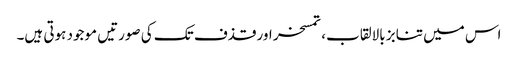
اس میں تنابز بالالقاب، تمسخر اور قذف تک کی صورتیں موجود ہوتی ہیں۔